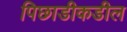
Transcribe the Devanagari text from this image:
पिछाडीकडील